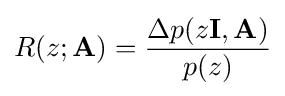
R(z;\mathbf {A} )={\frac {\Delta p(z\mathbf {I} ,\mathbf {A} )}{p(z)}}